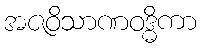
အဇဝိသာဏဝဒ္ဓိကာ